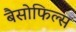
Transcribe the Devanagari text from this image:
बैसोफिल्स